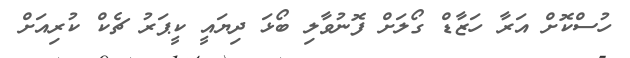
ހުސްކޮށް އަރާ ހަޒާޑް ގޯލަށް ފޮނުވާލި ބޯޅަ ދިޔައީ ކީޕަރު ޗެކް ކުރިއަށް